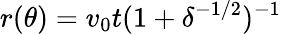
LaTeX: r(\theta)=v_{0}t(1+\delta^{-1/2})^{-1}